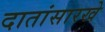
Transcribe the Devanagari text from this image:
दातांसारखे